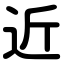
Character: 近